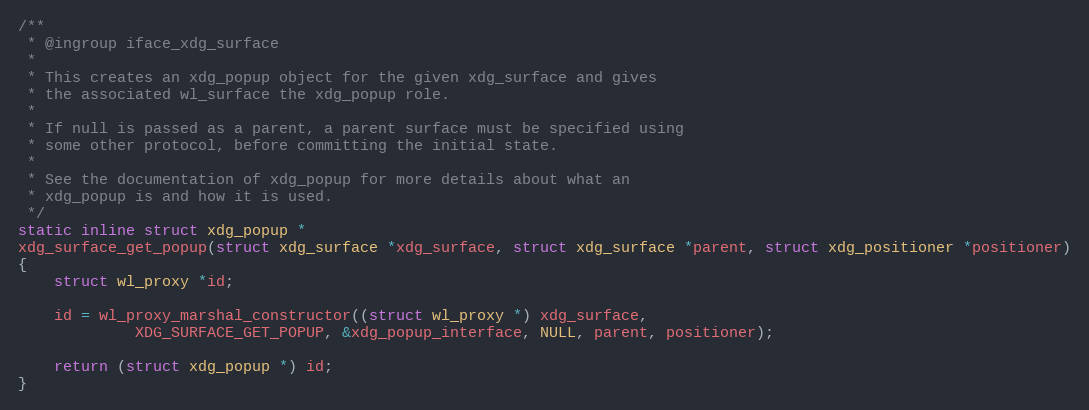
Language: C
/**
 * @ingroup iface_xdg_surface
 *
 * This creates an xdg_popup object for the given xdg_surface and gives
 * the associated wl_surface the xdg_popup role.
 *
 * If null is passed as a parent, a parent surface must be specified using
 * some other protocol, before committing the initial state.
 *
 * See the documentation of xdg_popup for more details about what an
 * xdg_popup is and how it is used.
 */
static inline struct xdg_popup *
xdg_surface_get_popup(struct xdg_surface *xdg_surface, struct xdg_surface *parent, struct xdg_positioner *positioner)
{
	struct wl_proxy *id;

	id = wl_proxy_marshal_constructor((struct wl_proxy *) xdg_surface,
			 XDG_SURFACE_GET_POPUP, &xdg_popup_interface, NULL, parent, positioner);

	return (struct xdg_popup *) id;
}